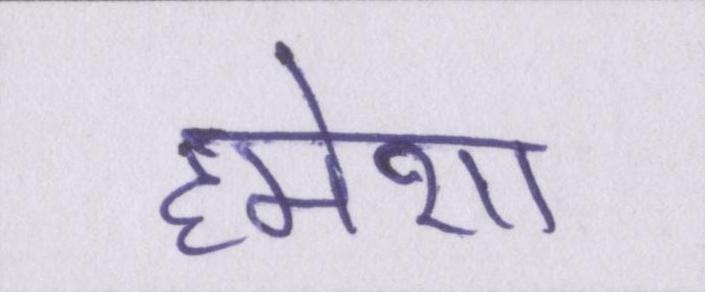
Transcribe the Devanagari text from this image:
हमेशा